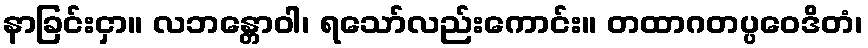
နာခြင်းငှာ။ လဘန္တောဝါ၊ ရသော်လည်းကောင်း။ တထာဂတပ္ပဝေဒိတံ၊